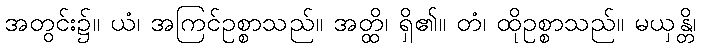
အတွင်း၌။ ယံ၊ အကြင်ဥစ္စာသည်။ အတ္ထိ၊ ရှိ၏။ တံ၊ ထိုဥစ္စာသည်။ မယှန္တိ၊